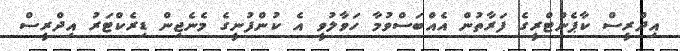
އިދްރީސް ކާޕެންޓްރީގެ ފަރާތުން އެއްބަސްވުމާ ހަވާލުވީ އެ ކުންފުނީގެ މެނެޖިން ޑިރެކްޓަރު އިދްރީސް